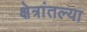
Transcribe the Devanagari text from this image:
क्षेत्रांतल्या